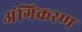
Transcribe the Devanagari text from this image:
अंगिकरण